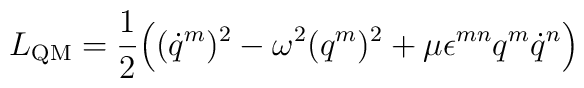
L_{\rm QM} = \frac12 \Bigl( (\dot{q}^m)^2 -  \omega^2 (q^m)^2 +\mu \epsilon^{mn} q^m \dot{q}^n \Bigr)